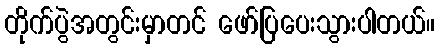
တိုက်ပွဲအတွင်းမှာတင် ဖော်ပြပေးသွားပါတယ်။